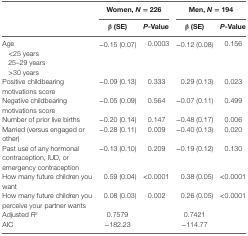
<table><thead><tr><td></td><td colspan="2"><b>Women, <i>N</i> = 226</b></td><td colspan="2"><b>Men, <i>N</i> = 194</b></td></tr><tr><td></td><td><b>β (SE)</b></td><td><b><i>P</i>-Value</b></td><td><b>β (SE)</b></td><td><b><i>P</i>-Value</b></td></tr></thead><tbody><tr><td>Age</td><td>−0.15 (0.07)</td><td>0.0003</td><td>−0.12 (0.08)</td><td>0.156</td></tr><tr><td colspan="5"> &lt;25 years</td></tr><tr><td colspan="5"> 25–29 years</td></tr><tr><td colspan="5"> &gt;30 years</td></tr><tr><td>Positive childbearing motivations score</td><td>−0.09 (0.13)</td><td>0.333</td><td>0.29 (0.13)</td><td>0.023</td></tr><tr><td>Negative childbearing motivations score</td><td>−0.05 (0.09)</td><td>0.564</td><td>−0.07 (0.11)</td><td>0.499</td></tr><tr><td>Number of prior live births</td><td>−0.20 (0.14)</td><td>0.147</td><td>−0.48 (0.17)</td><td>0.006</td></tr><tr><td>Married (versus engaged or other)</td><td>−0.28 (0.11)</td><td>0.009</td><td>−0.40 (0.13)</td><td>0.020</td></tr><tr><td>Past use of any hormonal contraception, IUD, or emergency contraception</td><td>−0.13 (0.10)</td><td>0.209</td><td>−0.19 (0.12)</td><td>0.130</td></tr><tr><td>How many future children you want</td><td>0.59 (0.04)</td><td>&lt;0.0001</td><td>0.38 (0.05)</td><td>&lt;0.0001</td></tr><tr><td>How many future children you perceive your partner wants</td><td>0.08 (0.03)</td><td>0.002</td><td>0.26 (0.05)</td><td>&lt;0.0001</td></tr><tr><td>Adjusted <i>R</i><sup>2</sup></td><td>0.7579</td><td></td><td>0.7421</td><td></td></tr><tr><td>AIC</td><td>−182.23</td><td></td><td>−114.77</td><td></td></tr></tbody></table>